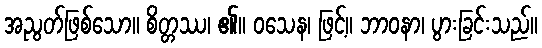
အညွတ်ဖြစ်သော။ စိတ္တဿ၊ ၏။ ဝသေန၊ ဖြင့်။ ဘာဝနာ၊ ပွားခြင်းသည်။